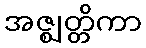
အဇ္ဈတ္တိကာ